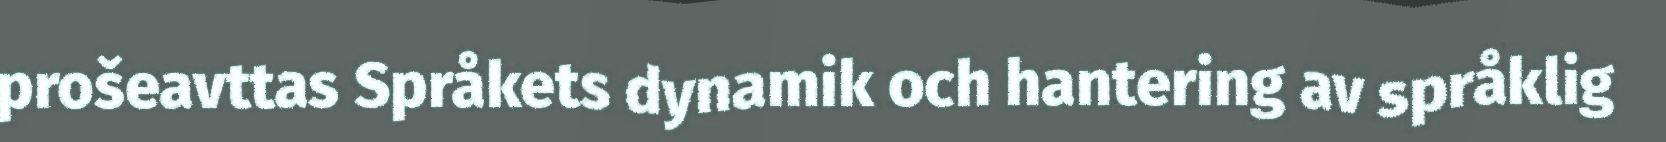
prošeavttas Språkets dynamik och hantering av språklig